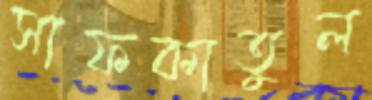
সাফকাতুল